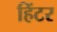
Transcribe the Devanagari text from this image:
हिंटर